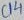
Text: 04